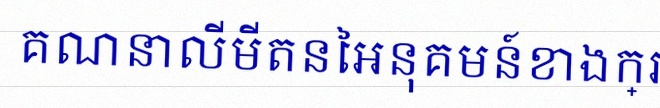
គណនាលីមីតនៃអនុគមន៍ខាងក្រោម